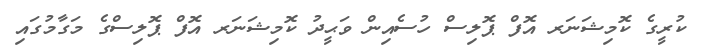
ކުރީގެ ކޮމިޝަނަރ އޮފް ޕޮލިސް ހުސެއިން ވަޙީދު ކޮމިޝަނަރ އޮފް ޕޮލިސްގެ މަގާމުގައި